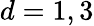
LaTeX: d=1,3